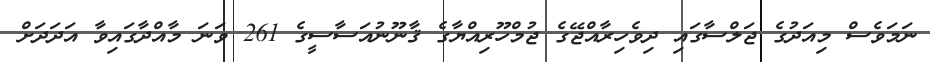
ނަމަވެސް މިއަދުގެ ޖަލްސާގައި ދިވެހިރާއްޖޭގެ ޖުމްހޫރިއްޔާގެ ޤާނޫނުއަސާސީގެ 261 ވަނަ މާއްދާގައިވާ އަދަދަށް